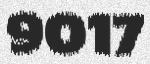
9017